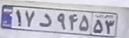
۱۷د۹۴۵۵۳